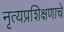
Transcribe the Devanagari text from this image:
नृत्यप्रशिक्षणाचे